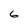
Character: 6